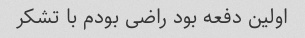
اولین دفعه بود راضی بودم با تشکر